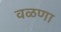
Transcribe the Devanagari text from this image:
वळणा